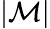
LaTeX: |{\mathcal{M}}|